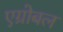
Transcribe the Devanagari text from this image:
एग्रोबल